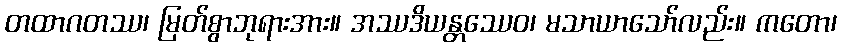
တထာဂတဿ၊ မြတ်စွာဘုရားအား။ အဿဒိယန္တဿေဝ၊ မသာယာသော်လည်း။ ကတော၊